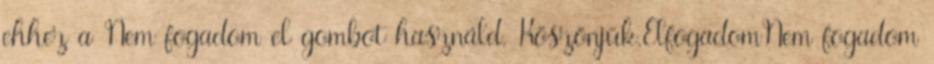
ehhez a Nem fogadom el gombot használd. Köszönjük.ElfogadomNem fogadom